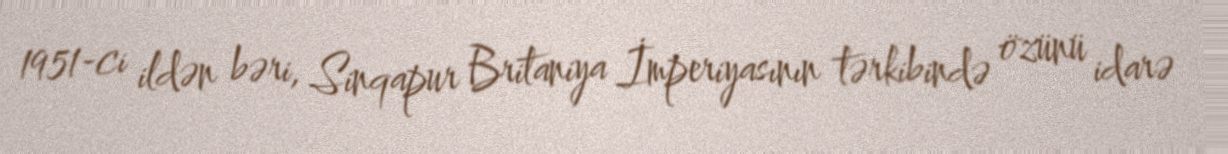
1951-ci ildən bəri, Sinqapur Britaniya İmperiyasının tərkibində özünü idarə